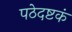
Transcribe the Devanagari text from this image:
पठेदष्टकं